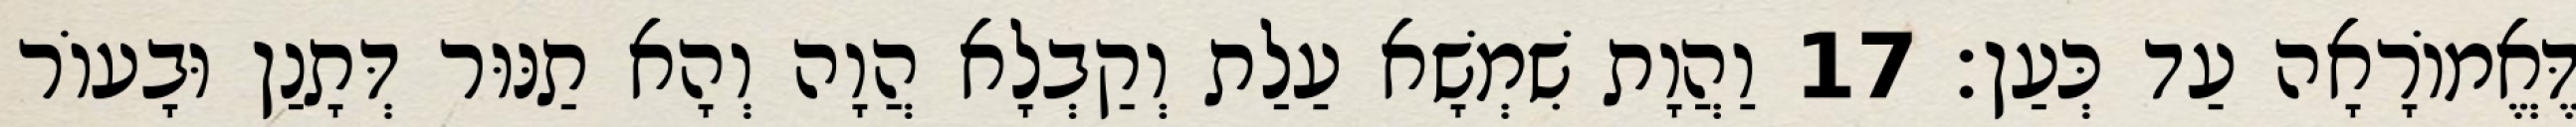
דֶּאֱמוֹרָאָה עַד כְּעַן׃ 17 וַהֲוָת שִׁמְשָׁא עַלַת וְקַבְלָא הֲוָה וְהָא תַנּוּר דְּתָנַן וּבָעוֹר